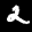
Label: 2